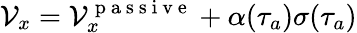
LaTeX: {\cal V}_{x}={\cal V}_{x}^{\mathrm{~p~a~s~s~i~v~e~}}+\alpha(\tau_{a})\sigma(\tau_{a})